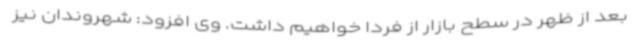
بعد از ظهر در سطح بازار از فردا خواهیم داشت. وی افزود: شهروندان نیز